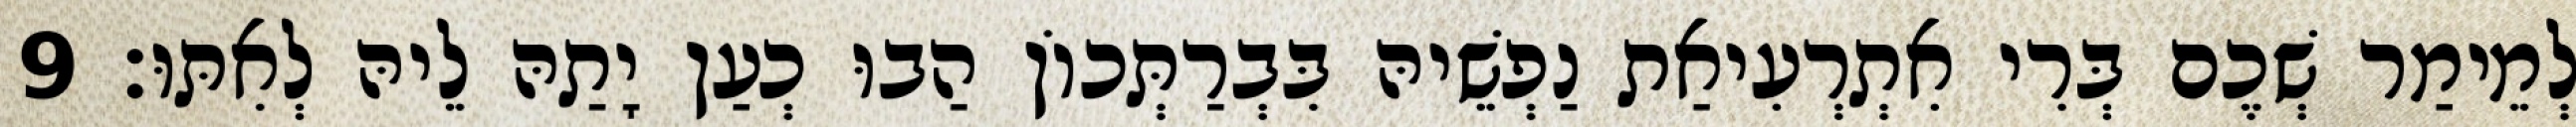
לְמֵימַר שְׁכֶם בְּרִי אִתְרְעִיאַת נַפְשֵׁיהּ בִּבְרַתְּכוֹן הַבוּ כְעַן יָתַהּ לֵיהּ לְאִתּוּ׃ 9